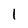
Character: 1